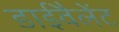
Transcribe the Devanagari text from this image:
डाईवैलेंट